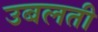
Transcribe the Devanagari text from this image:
उबलती